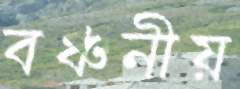
বঞ্চনীয়